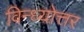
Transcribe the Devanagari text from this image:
विन्ध्योत्तर